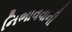
નિભાવવાની